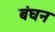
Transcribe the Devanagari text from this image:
बंघन